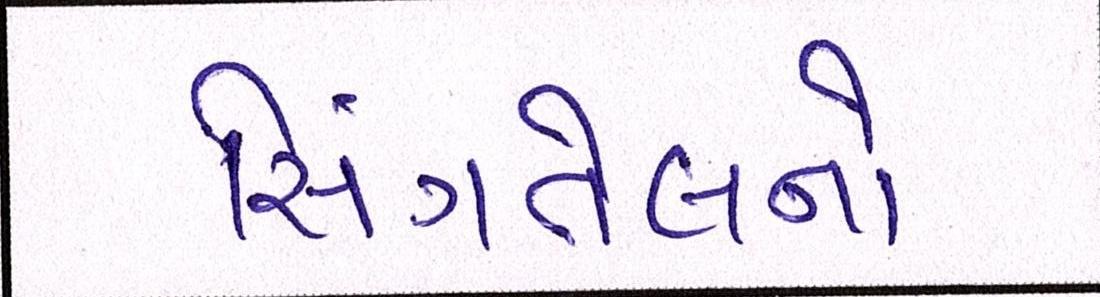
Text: સિંગતેલનો